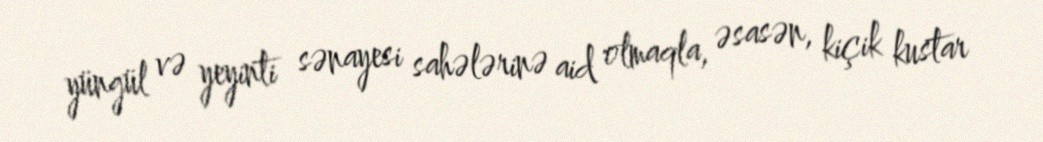
yüngül və yeyinti sənayesi sahələrinə aid olmaqla, əsasən, kiçik kustar